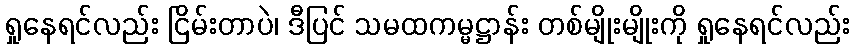
ရှုနေရင်လည်း ငြိမ်းတာပဲ၊ ဒီပြင် သမထကမ္မဋ္ဌာန်း တစ်မျိုးမျိုးကို ရှုနေရင်လည်း